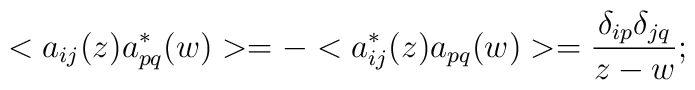
< a_{ij}(z) a_{pq}^{*}(w) > = - < a_{ij}^{*}(z) a_{pq}(w) > =\frac{\delta_{ip}\delta_{jq}}{z - w} ;